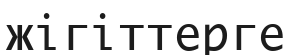
жігіттерге